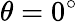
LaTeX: \theta=0^{\circ}